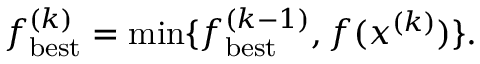
f _ { \mathrm { { b e s t } } } ^ { ( k ) } = \operatorname* { m i n } \{ f _ { \mathrm { { b e s t } } } ^ { ( k - 1 ) } , f ( x ^ { ( k ) } ) \} .